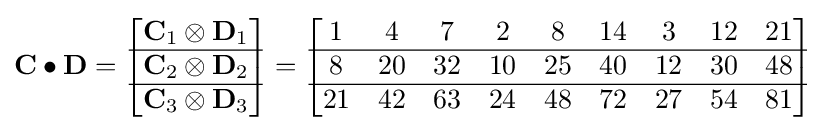
\mathbf {C} \bullet \mathbf {D} ={\begin{bmatrix}\mathbf {C} _{1}\otimes \mathbf {D} _{1}\\\hline \mathbf {C} _{2}\otimes \mathbf {D} _{2}\\\hline \mathbf {C} _{3}\otimes \mathbf {D} _{3}\\\end{bmatrix}}={\begin{bmatrix}1&4&7&2&8&14&3&12&21\\\hline 8&20&32&10&25&40&12&30&48\\\hline 21&42&63&24&48&72&27&54&81\end{bmatrix}}